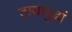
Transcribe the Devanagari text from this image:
ठायापुढां